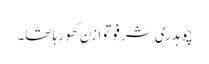
چوہدری شرفو توازن کھو رہا تھا۔